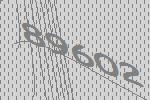
89602